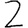
Digit: 2